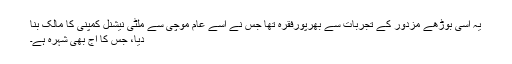
یہ اسی بوڑھے مزدور کے تجربات سے بھرپورفقرہ تھا جس نے اسے عام موچی سے ملٹی نیشنل کمپنی کا مالک بنا
دیا، جس کا آج بھی شہرہ ہے۔